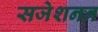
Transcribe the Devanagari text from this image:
सजेशनन